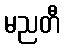
မညတီ